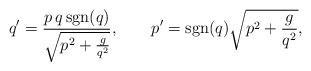
LaTeX: \begin{align*}q^\prime=\frac{p\,q\,\mbox{sgn}(q)}{\sqrt{p^2+\frac{g}{q^2}}}, \qquad p^\prime=\mbox{sgn}(q)\sqrt{p^2+\frac{g}{q^2}}, \end{align*}